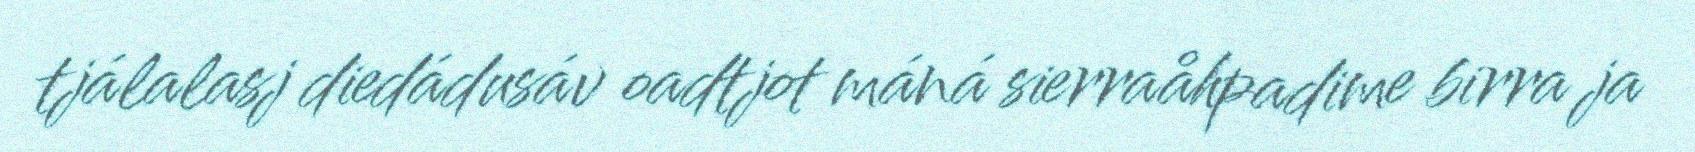
tjálalasj diedádusáv oadtjot máná sierraåhpadime birra ja